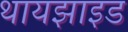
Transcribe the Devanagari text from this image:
थायझाइड